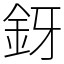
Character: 釾